Vaccination in Burma 1920-1933 - 1920-1933
Year: 1920
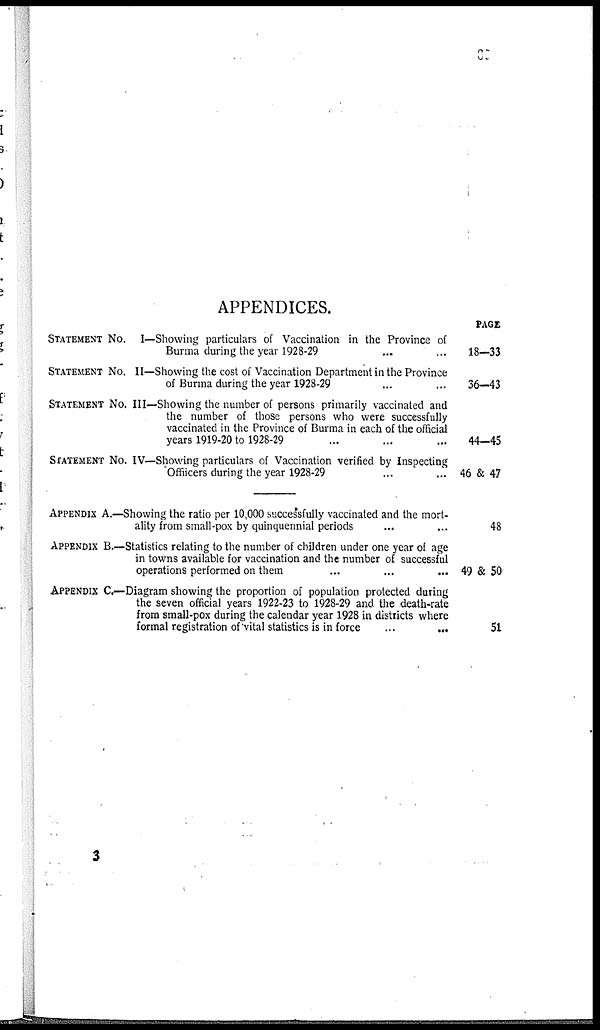
APPENDICES.
STATEMENT No. I—Showing particulars of Vaccination in the Province of
Burma during the year 1928-29 ... ...
STATEMENT No. II—Showing the cost of Vaccination Department in the Province
of Burma during the year 1928-29 ... ...
STATEMENT No. III—Showing the number of persons primarily vaccinated and
the number of those persons who were successfully
vaccinated in the Province of Burma in each of the official
years 1919-20 to 1928-29 ... ... ...
STATEMENT No. IV—Showing particulars of Vaccination verified by Inspecting
Officers during the year 1928-29 ... ...
APPENDIX A.—Showing the ratio per 10,000 successfully vaccinated and the mort-
ality from small-pox by quinquennial periods ... ...
APPENDIX B.—Statistics relating to the number of children under one year of age
in towns available for vaccination and the number of successful
operations performed on them ... ... ...
APPENDIX C.—Diagram showing the proportion of population protected during
the seven official years 1922-23 to 1928-29 and the death-rate
from small-pox during the calendar year 1928 in districts where
formal registration of vital statistics is in force
...
...
PAGE
18—33
36—43
44—45
46 & 47
48
49 & 50
51